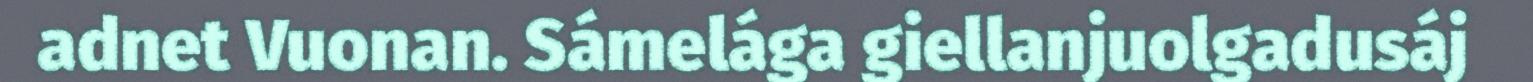
adnet Vuonan. Sámelága giellanjuolgadusáj